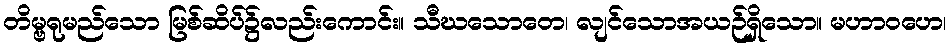
တိမ္ဗရုမည်သော မြစ်ဆိပ်၌လည်းကောင်း။ သီဃသောတေ၊ လျင်သောအယဉ်ရှိသော။ မဟာဝဟေ၊